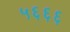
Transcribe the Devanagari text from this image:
५६६६